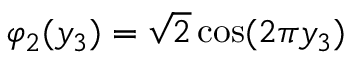
\varphi _ { 2 } ( y _ { 3 } ) = \sqrt { 2 } \cos ( 2 \pi y _ { 3 } )